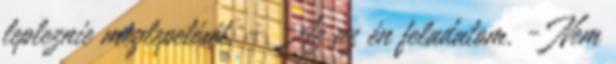
lepleznie meglepetését. - Az az én feladatom. - Nem